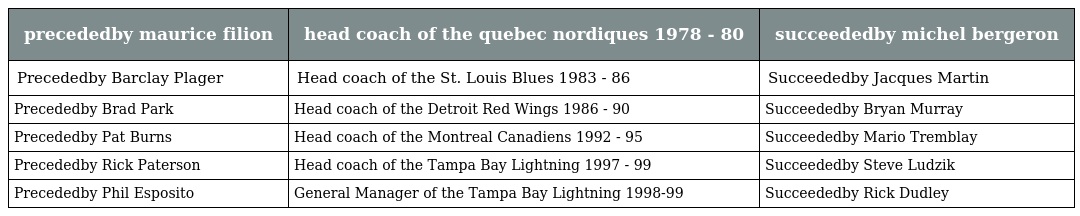
| precededby maurice filion | head coach of the quebec nordiques 1978 - 80 | succeededby michel bergeron |
 | --- | --- | --- |
 | Precededby Barclay Plager | Head coach of the St. Louis Blues 1983 - 86 | Succeededby Jacques Martin |
 | Precededby Brad Park | Head coach of the Detroit Red Wings 1986 - 90 | Succeededby Bryan Murray |
 | Precededby Pat Burns | Head coach of the Montreal Canadiens 1992 - 95 | Succeededby Mario Tremblay |
 | Precededby Rick Paterson | Head coach of the Tampa Bay Lightning 1997 - 99 | Succeededby Steve Ludzik |
 | Precededby Phil Esposito | General Manager of the Tampa Bay Lightning 1998-99 | Succeededby Rick Dudley |